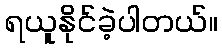
ရယူနိုင်ခဲ့ပါတယ်။